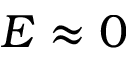
E \approx 0